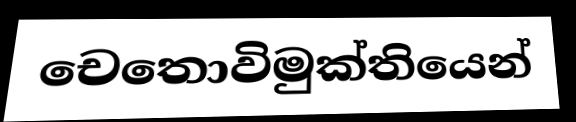
චෙතොවිමුක්තියෙන්